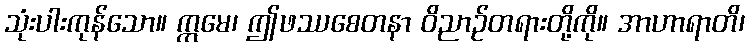
သုံးပါးကုန်သော။ ဣမေ၊ ဤဖဿစေတနာ ဝိညာဉ်တရားတို့ကို။ အာဟာရာတိ၊